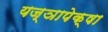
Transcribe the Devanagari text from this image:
यज्ञापेक्षा